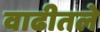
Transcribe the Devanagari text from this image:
वाढीतले